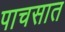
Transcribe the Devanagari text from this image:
पाचसात